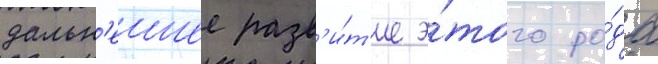
дальн'еишее разв'и́т'ие э́того ро́да